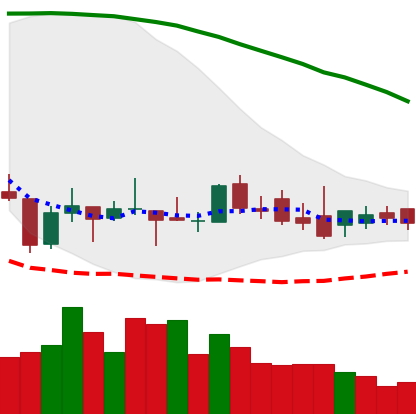
Ticker: XLM-USD
Chart end date: 2018-08-26
Forward return: 3.368%
Label: up_3_5